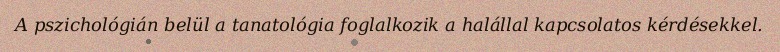
A pszichológián belül a tanatológia foglalkozik a halállal kapcsolatos kérdésekkel.